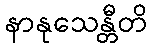
နာနုသေန္တီတိ